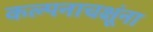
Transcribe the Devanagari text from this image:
कल्पनाचक्षूंना